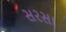
સરસા